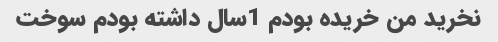
نخرید من خریده بودم 1سال داشته بودم سوخت